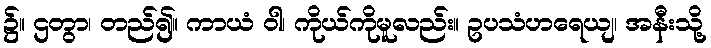
၌။ ဌတွာ၊ တည်၍။ ကာယံ ဝါ၊ ကိုယ်ကိုမူလည်း။ ဥပသံဟရေယျ၊ အနီးသို့